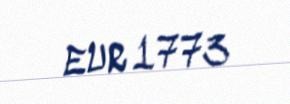
EUR 1773